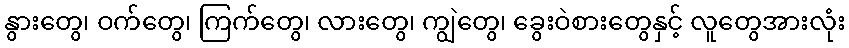
နွားတွေ၊ ဝက်တွေ၊ ကြက်တွေ၊ လားတွေ၊ ကျွဲတွေ၊ ခွေးဝဲစားတွေနှင့် လူတွေအားလုံး